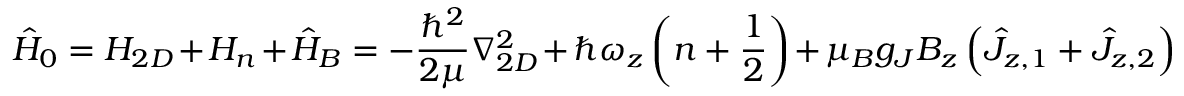
\hat { H } _ { 0 } = H _ { 2 D } + H _ { n } + \hat { H } _ { B } = - \frac { \hbar ^ { 2 } } { 2 \mu } \nabla _ { 2 D } ^ { 2 } + \hbar \omega _ { z } \left( n + \frac { 1 } { 2 } \right) + \mu _ { B } g _ { J } B _ { z } \left( \hat { J } _ { z , 1 } + \hat { J } _ { z , 2 } \right)